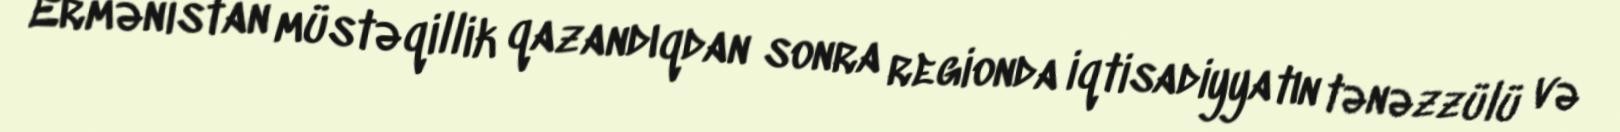
Ermənistan müstəqillik qazandıqdan sonra regionda iqtisadiyyatın tənəzzülü və